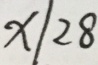
x / 2 8